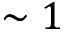
\sim 1